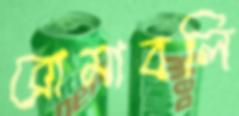
রোমাবলি